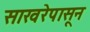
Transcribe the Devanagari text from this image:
साखरेपासून